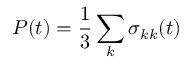
P ( t ) = \frac { 1 } { 3 } \sum _ { k } \sigma _ { k k } ( t )